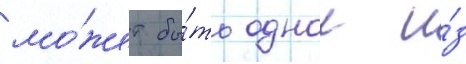
мо́жет бы́ть однои и́з